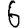
Digit: 6